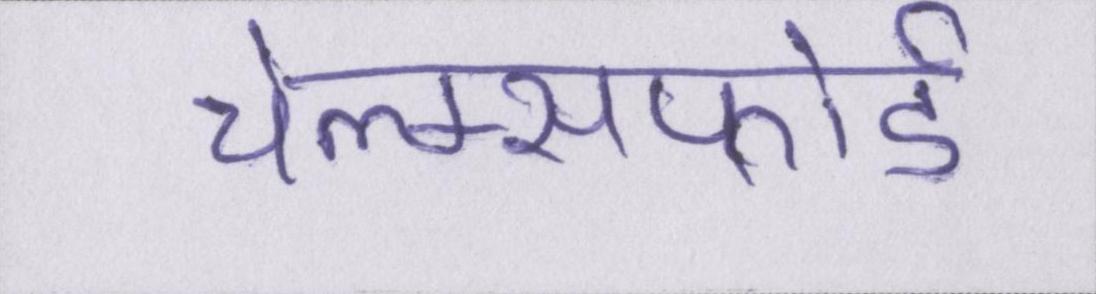
चेल्म्सफोर्ड